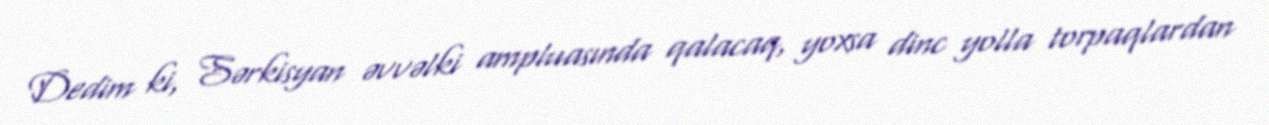
Dedim ki, Sərkisyan əvvəlki ampluasında qalacaq, yoxsa dinc yolla torpaqlardan